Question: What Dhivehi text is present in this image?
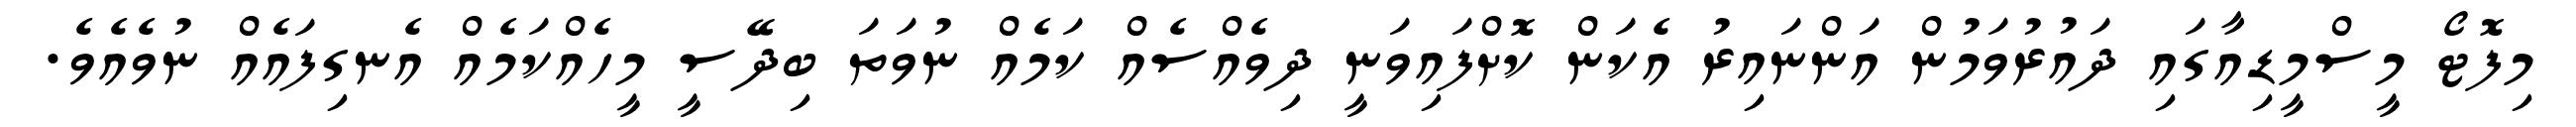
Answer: މިފޮޓޯ މީސްމީޑިއާގައި ދައުރުވަމުން އަންނައިރު އެކަން ކޮށްފައިވަނީ ދިވެއްސެއް ކަމެއް ނުވަތަ ބިދޭސީ މީހެއްކަމެއް އެނގިފައެއް ނުވެއެވެ.